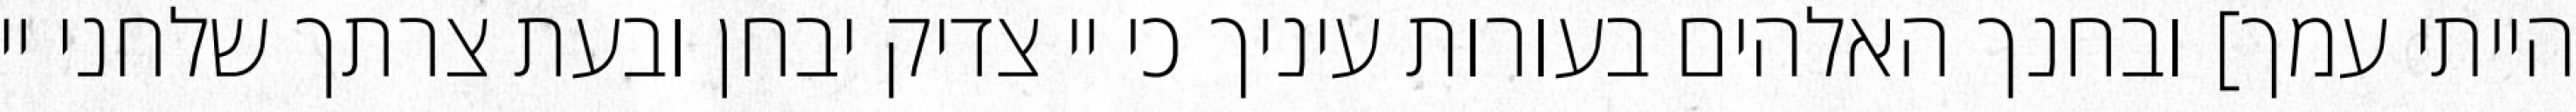
הייתי עמך] ובחנך האלהים בעורות עיניך כי יי צדיק יבחן ובעת צרתך שלחני יי